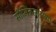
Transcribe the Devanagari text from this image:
सौमित्रसारख्या